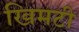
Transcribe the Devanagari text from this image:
खिमटी